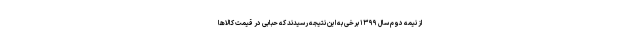
از نیمه دوم سال ۱۳۹۹ برخی به این نتیجه رسیدند که حبابی در قیمت کالاها